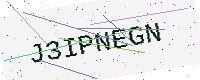
Text: J3IPNEGN